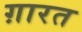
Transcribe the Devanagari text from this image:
ग़ारत